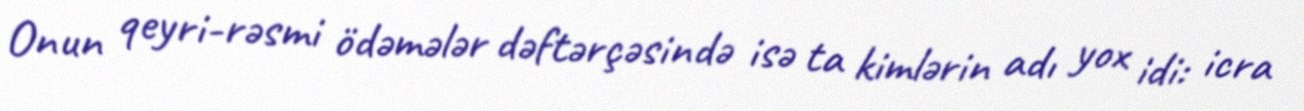
Onun qeyri-rəsmi ödəmələr dəftərçəsində isə ta kimlərin adı yox idi: icra